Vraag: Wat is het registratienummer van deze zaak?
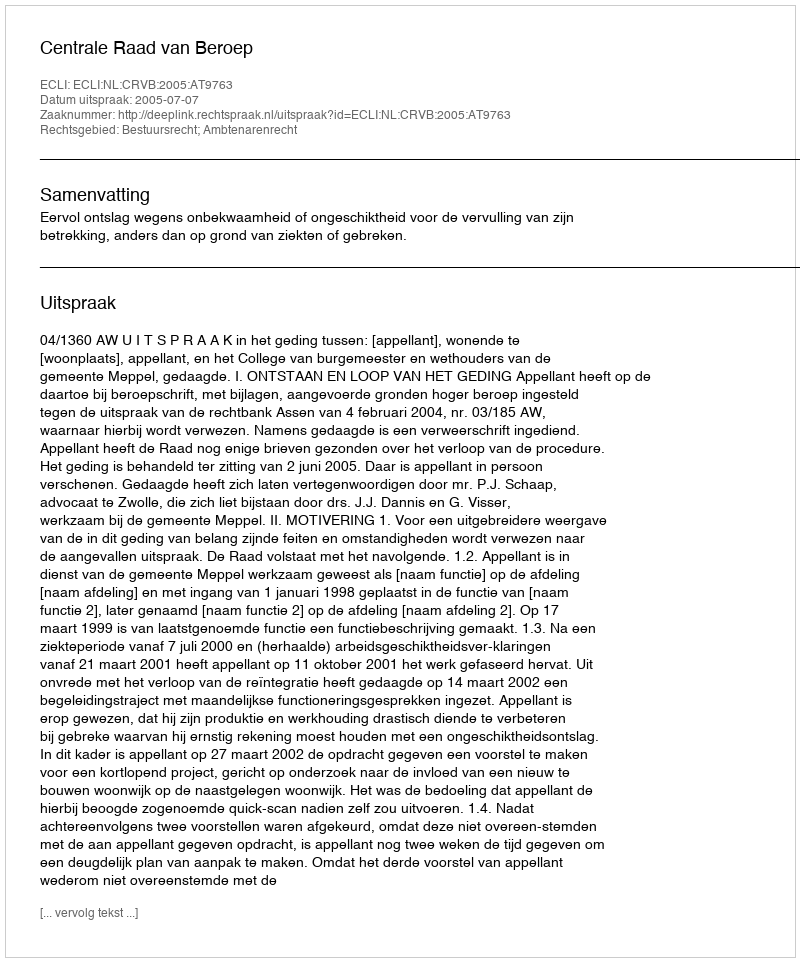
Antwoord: http://deeplink.rechtspraak.nl/uitspraak?id=ECLI:NL:CRVB:2005:AT9763